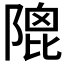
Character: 𨻀